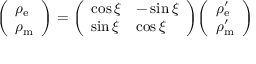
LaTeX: { \left( \begin{array} { l } { \rho _ { \mathrm { e } } } \\ { \rho _ { \mathrm { m } } } \end{array} \right) } = { \left( \begin{array} { l l } { \cos \xi } & { - \sin \xi } \\ { \sin \xi } & { \cos \xi } \end{array} \right) } { \left( \begin{array} { l } { \rho _ { \mathrm { e } } ^ { \prime } } \\ { \rho _ { \mathrm { m } } ^ { \prime } } \end{array} \right) }